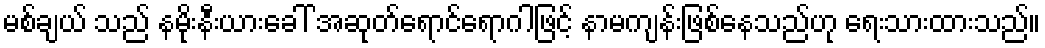
မစ်ချယ် သည် နမိုးနီးယားခေါ် အဆုတ်ရောင်ရောဂါဖြင့် နာမကျန်းဖြစ်နေသည်ဟု ရေးသားထားသည်။